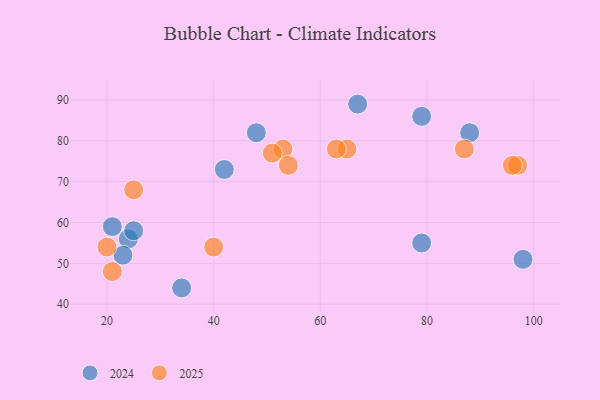
{"axis": {"x": "GDP", "y": "Life Expectancy"}, "legend": ["2024", "2025"], "data": [{"x": "25", "y": 68, "type": "2025"}, {"x": "97", "y": 74, "type": "2025"}, {"x": "20", "y": 54, "type": "2025"}, {"x": "53", "y": 78, "type": "2025"}, {"x": "51", "y": 77, "type": "2025"}, {"x": "87", "y": 78, "type": "2025"}, {"x": "40", "y": 54, "type": "2025"}, {"x": "21", "y": 48, "type": "2025"}, {"x": "65", "y": 78, "type": "2025"}, {"x": "54", "y": 74, "type": "2025"}, {"x": "63", "y": 78, "type": "2025"}, {"x": "96", "y": 74, "type": "2025"}, {"x": "42", "y": 73, "type": "2024"}, {"x": "48", "y": 82, "type": "2024"}, {"x": "21", "y": 59, "type": "2024"}, {"x": "79", "y": 86, "type": "2024"}, {"x": "88", "y": 82, "type": "2024"}, {"x": "79", "y": 55, "type": "2024"}, {"x": "67", "y": 89, "type": "2024"}, {"x": "98", "y": 51, "type": "2024"}, {"x": "24", "y": 56, "type": "2024"}, {"x": "25", "y": 58, "type": "2024"}, {"x": "23", "y": 52, "type": "2024"}, {"x": "34", "y": 44, "type": "2024"}]}